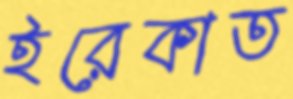
ইরেকাত